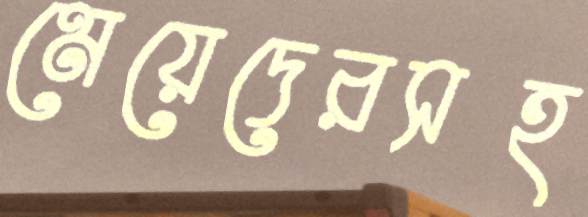
মেয়েদেরসহ